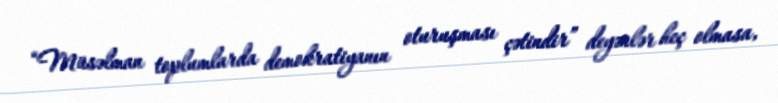
“Müsəlman toplumlarda demokratiyanın oturuşması çətindir” deyənlər heç olmasa,